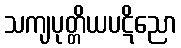
သကျပုတ္တိယပဋိညော